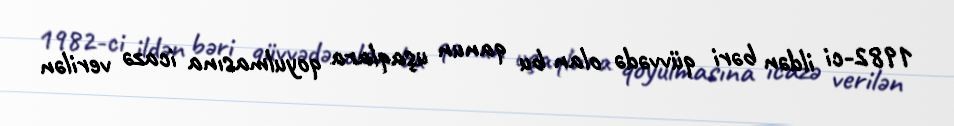
1982-ci ildən bəri qüvvədə olan bu qanun uşaqlara qoyulmasına icazə verilən